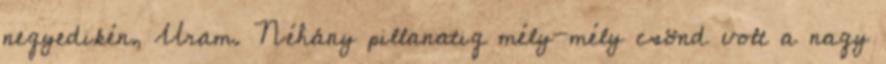
negyedikén, Uram. Néhány pillanatig mély-mély csönd volt a nagy